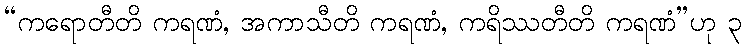
“ကရောတီတိ ကရဏံ, အကာသီတိ ကရဏံ, ကရိဿတီတိ ကရဏံ”ဟု ၃